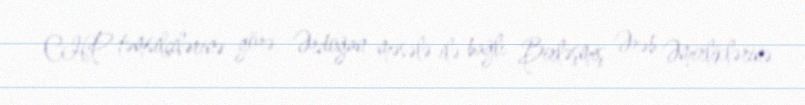
CHP təmsilçilərinə görə, Ərdoğan məsələ ilə bağlı Birləşmiş Ərəb Əmirliklərinə